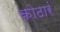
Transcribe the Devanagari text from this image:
कोठारं